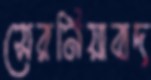
সেরনিয়াবাদ